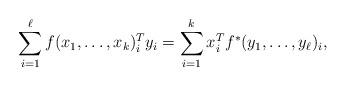
LaTeX: \begin{align*}\sum_{i=1}^{\ell} f(x_1,\ldots,x_k)_i^T y_i =\sum_{i=1}^{k} x_i^T f^*(y_1,\ldots,y_{\ell})_i,\end{align*}